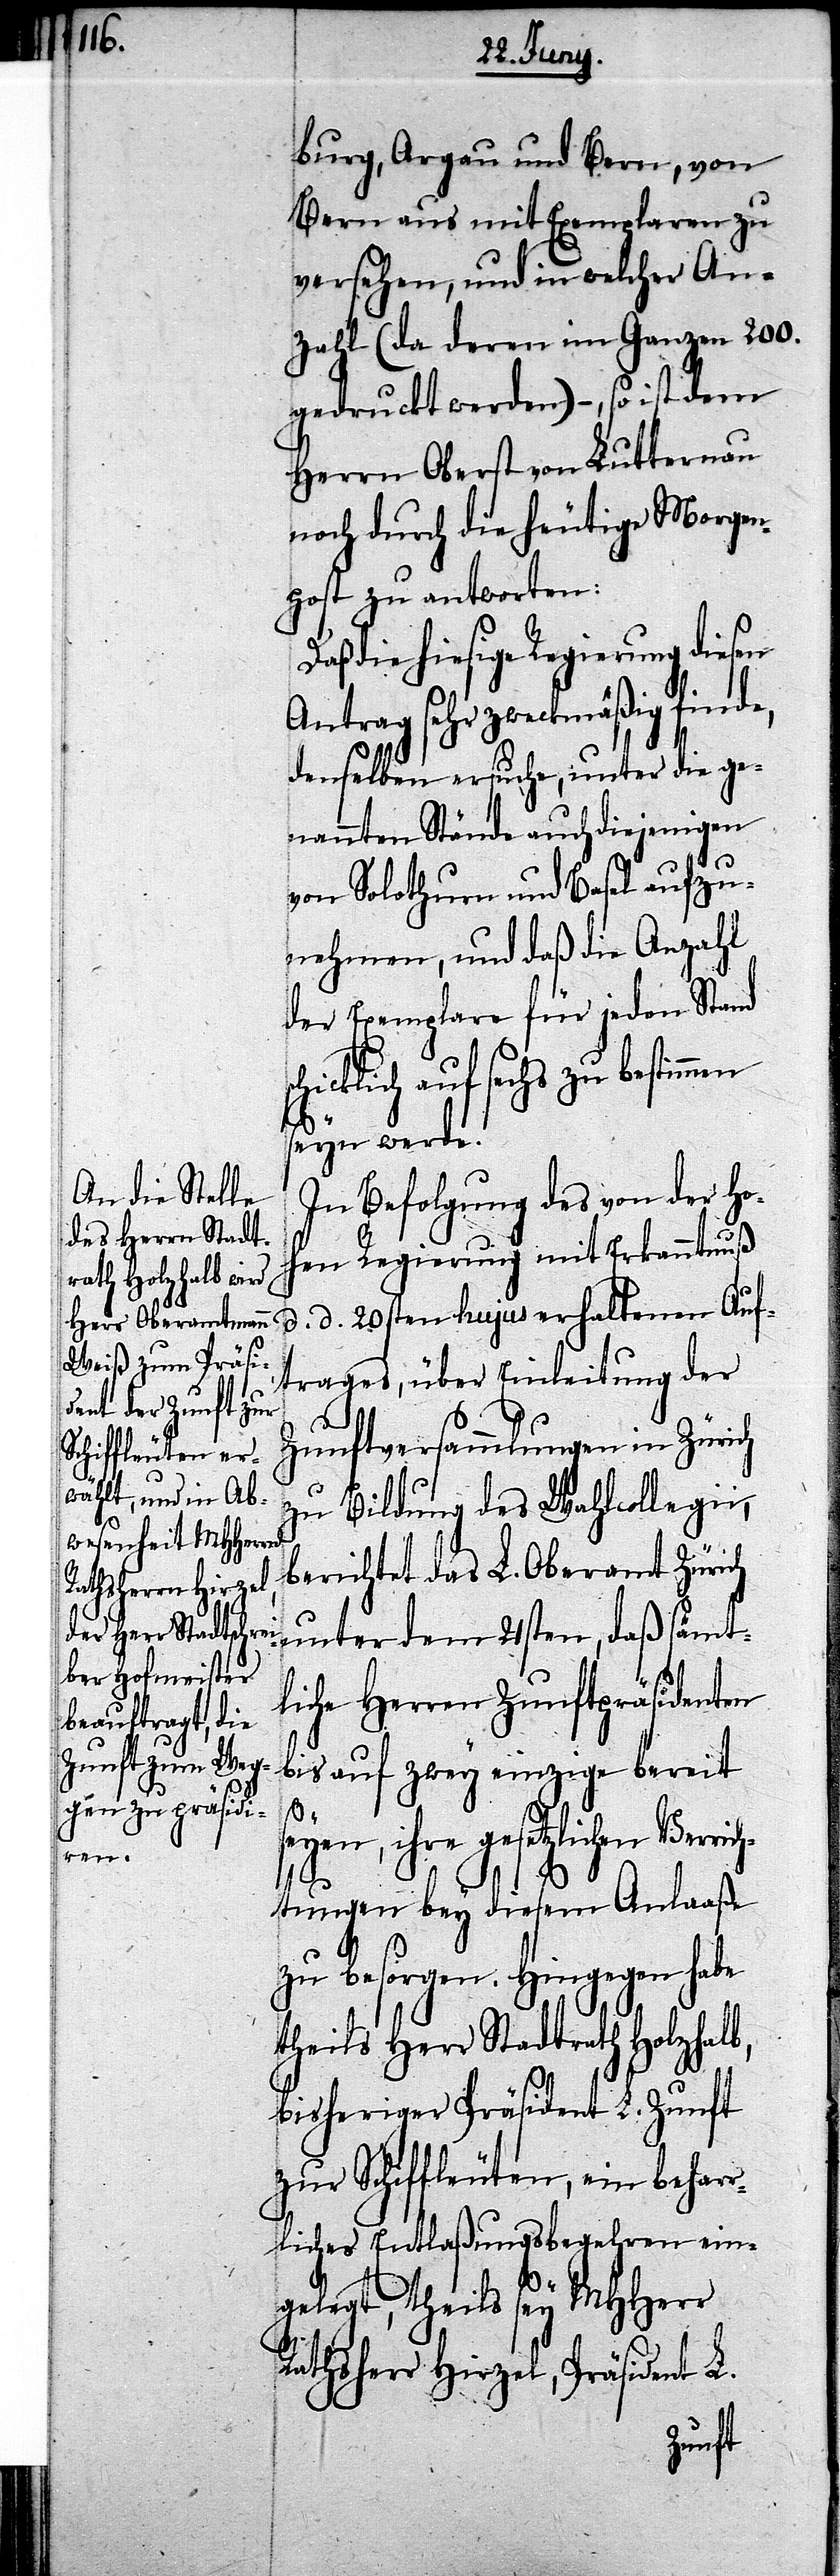
men

burg, Argau und Bern, von
Bern aus mit Exemplaren zu
versehen, und in welcher An¬
zahl (da deren im Ganzen 200.
gedruckt werden) –, so ist dem
Herrn Oberst von Lutternau
noch durch die heutige Morgen¬
post zu antworten:
die hiesige Regierung diesen
Antrag sehr zweckmäßig finde,
denselben ersuche, unter die ge¬
nannten Stände auch diejenigen
von Solothurn und Basel aufzu¬
nehmen, und daß die Anzahl
der Exemplare für jeden Stand
auf sechs zu bestim¬
seyn werde.
In Befolgung des von der Ho¬
hen Regierung mit Erkanntnuß
d. d. 20sten hujus erhaltenen Auf¬
trages, über Einleitung der
Zunftversammlungen in Zürich
zu Bildung des Wahlcollegii,
berichtet das L. Oberamt Zürich
unter dem 21sten, daß sämt¬
liche Herren Zunftpräsidenten
bis auf zwey einzige bereit
seyen, ihre gesetzlichen Verr¬
ichtungen bey diesem Anlaaße
zu besorgen. Hingegen habe
theils Herr Stadtrath Holzhalb,
bisheriger Präsident L. Zunft
zur Schiffleuten, ein behar¬
rliches Entlaßungsbegehren ein¬
gelegt, theils sey MHHerr
Rathsherr Hirzel, Präsident L.